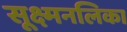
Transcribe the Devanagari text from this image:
सूक्ष्मनलिका